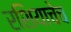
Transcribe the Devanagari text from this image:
रशियाचेच